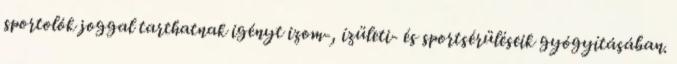
sportolók joggal tarthatnak igényt izom-, ízületi- és sportsérüléseik gyógyításában.